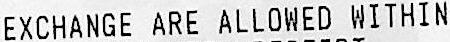
EXCHANGE ARE ALLOWED WITHIN